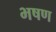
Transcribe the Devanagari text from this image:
भषण